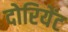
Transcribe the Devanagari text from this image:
दोरियेंट